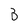
Character: B